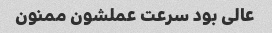
عالی بود سرعت عملشون ممنون